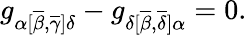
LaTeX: g_{\alpha[\overline{{{\beta}}},\overline{{{\gamma}}}]\delta}-g_{\delta[\overline{{{\beta}}},\overline{{{\delta}}}]\alpha}=0.